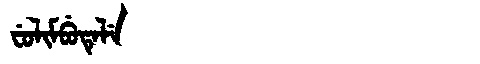
Manchu: ᠸᡠᠯᡳᠮᠪᡠᡨᡝᠯᡝ
Romanization: FULIMBUTELE